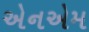
એનએમ